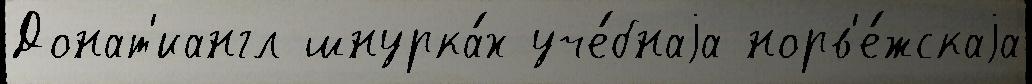
Донат'иангл шнурка́х уче́бнаjа норв'е́жскаjа